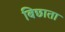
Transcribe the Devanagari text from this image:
बिछाता